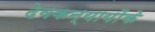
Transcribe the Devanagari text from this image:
देवकन्यायोंके